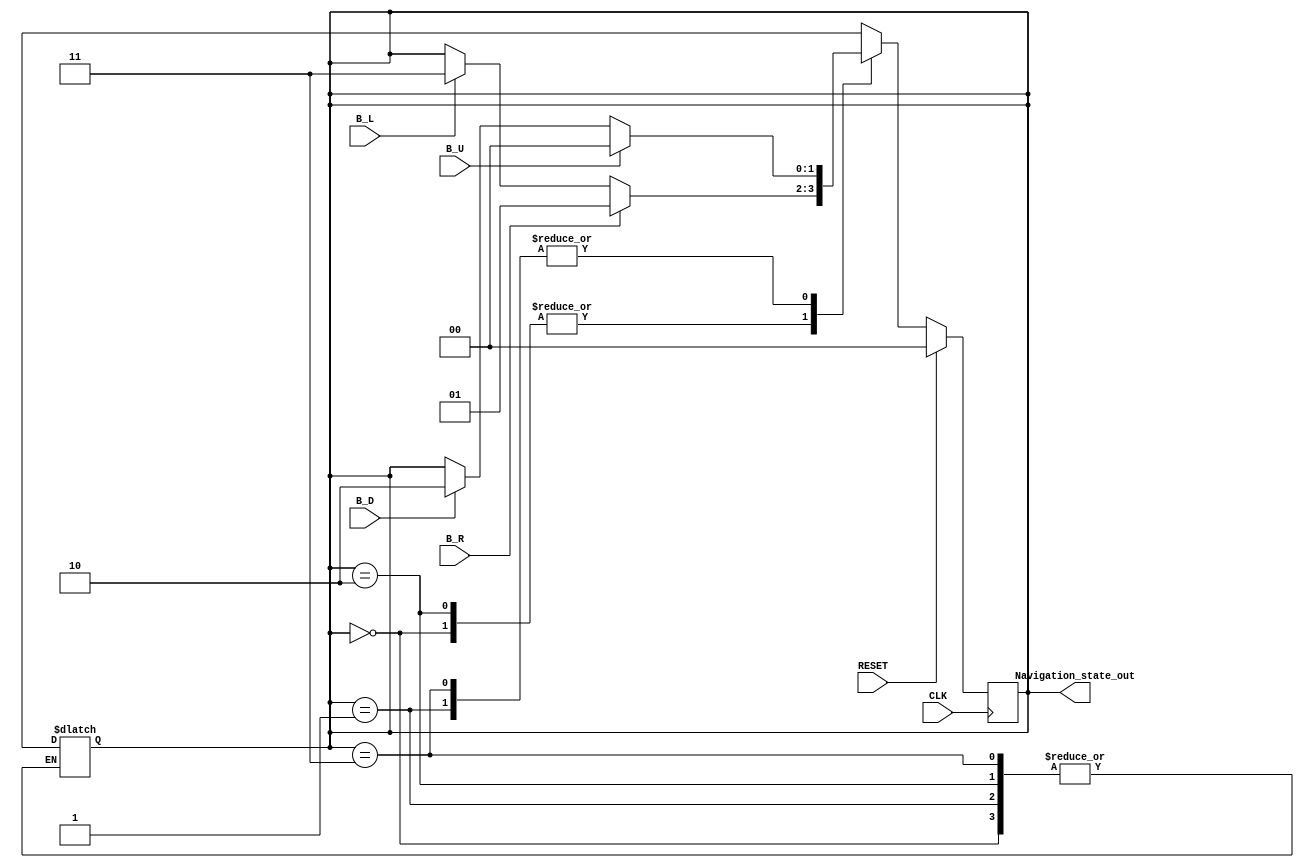
module Navigation_State_Machine(
  input CLK,     //gibe the CLK signal
  input RESET,   //give the reset signal  
  // any button pressed can be make the state change
  input B_L,     
  input B_U,
  input B_R,
  input B_D,
  output [1:0] Navigation_state_out
    );
    
   reg  [1:0] Navigation_Curr_state;
   reg  [1:0] Navigation_Next_state;
   assign Navigation_state_out = Navigation_Curr_state;
   
   always@(posedge CLK) begin
      if(RESET)
          Navigation_Curr_state<=2'b00;
      else 
          Navigation_Curr_state  <= Navigation_Next_state;
   end
   
   always@(B_L or B_U or B_R or B_D or Navigation_Curr_state) begin
      case(Navigation_Curr_state)
          2'b00  :begin            
                  if(B_R) Navigation_Next_state = 2'b01;
                  else if(B_L) Navigation_Next_state = 2'b11;
                  else   Navigation_Next_state = Navigation_Curr_state;  
                  end
          
          2'b01  :begin
                  if(B_U) Navigation_Next_state = 2'b00;
                  else if(B_D) Navigation_Next_state = 2'b10;  
                  else  Navigation_Next_state = Navigation_Curr_state;
                  end
                  
         2'b10   :begin
                  if(B_R) Navigation_Next_state = 2'b01;
                  else if(B_L) Navigation_Next_state = 2'b11;  
                  else Navigation_Next_state = Navigation_Curr_state;
                  end
               
         2'b11   :begin
                  if(B_U) Navigation_Next_state = 2'b00;
                  else if(B_D) Navigation_Next_state = 2'b10;  
                  else Navigation_Next_state = Navigation_Curr_state;
                  end
         default:
                  Navigation_Curr_state = 2'b00;
          endcase 
        end    
endmodule